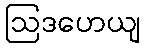
ဩဒဟေယျ